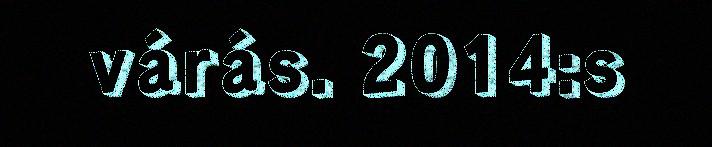
várás. 2014:s